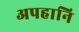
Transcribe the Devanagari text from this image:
अपहानि